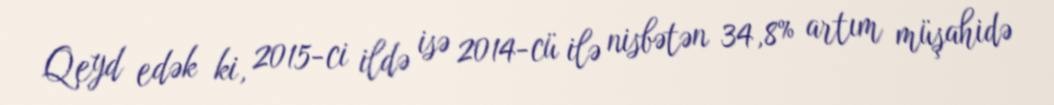
Qeyd edək ki, 2015-ci ildə isə 2014-cü ilə nisbətən 34,8% artım müşahidə